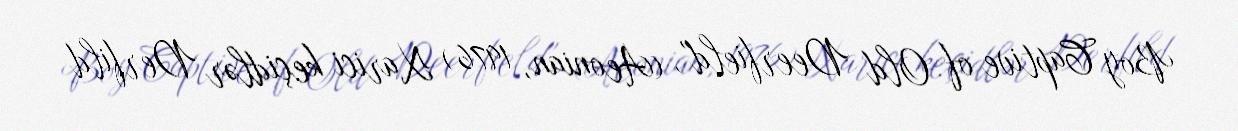
Boy Captive of Old Deerfield", (Aeonian, 1976) Xarici keçidlər Derfild